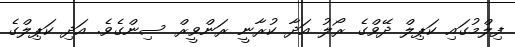
ފިލްމުގައި ކަޕިލް ދޭވްގެ ރޯލު އަދާ ކުރާނީ ރަންވީރް ސިންގެވެ. އަދި ކަޕިލްގެ